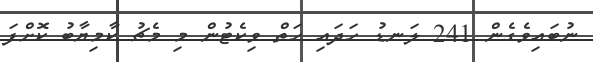
ނުބައިވެގެން 241 ލަނޑު ހަަަދައި ހަތް ވިކެޓުން މި މެޗު ކާމިޔާބު ކޮށްފަ